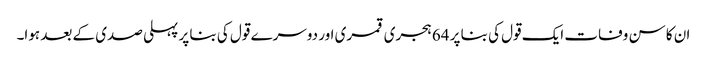
ان کا سن وفات ایک قول کی بنا پر 64 ہجری قمری اور دوسرے قول کی بنا پر پہلی صدی کے بعد ہوا۔